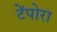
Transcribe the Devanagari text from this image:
टेंपोरा